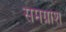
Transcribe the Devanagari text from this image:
समग्रांश